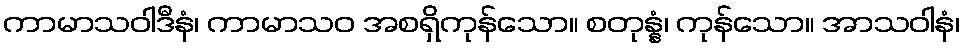
ကာမာသဝါဒီနံ၊ ကာမာသဝ အစရှိကုန်သော။ စတုန္နံ၊ ကုန်သော။ အာသဝါနံ၊